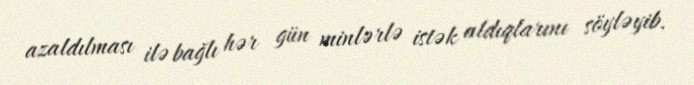
azaldılması ilə bağlı hər gün minlərlə istək aldıqlarını söyləyib.